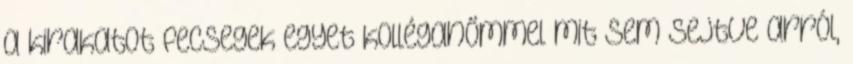
a kirakatot fecsegek egyet kolléganőmmel mit sem sejtve arról,